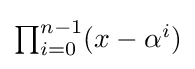
{\textstyle \prod _{i=0}^{n-1}(x-\alpha ^{i})}